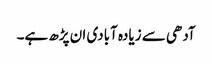
آدھی سے زیادہ آبادی ان پڑھ ہے۔